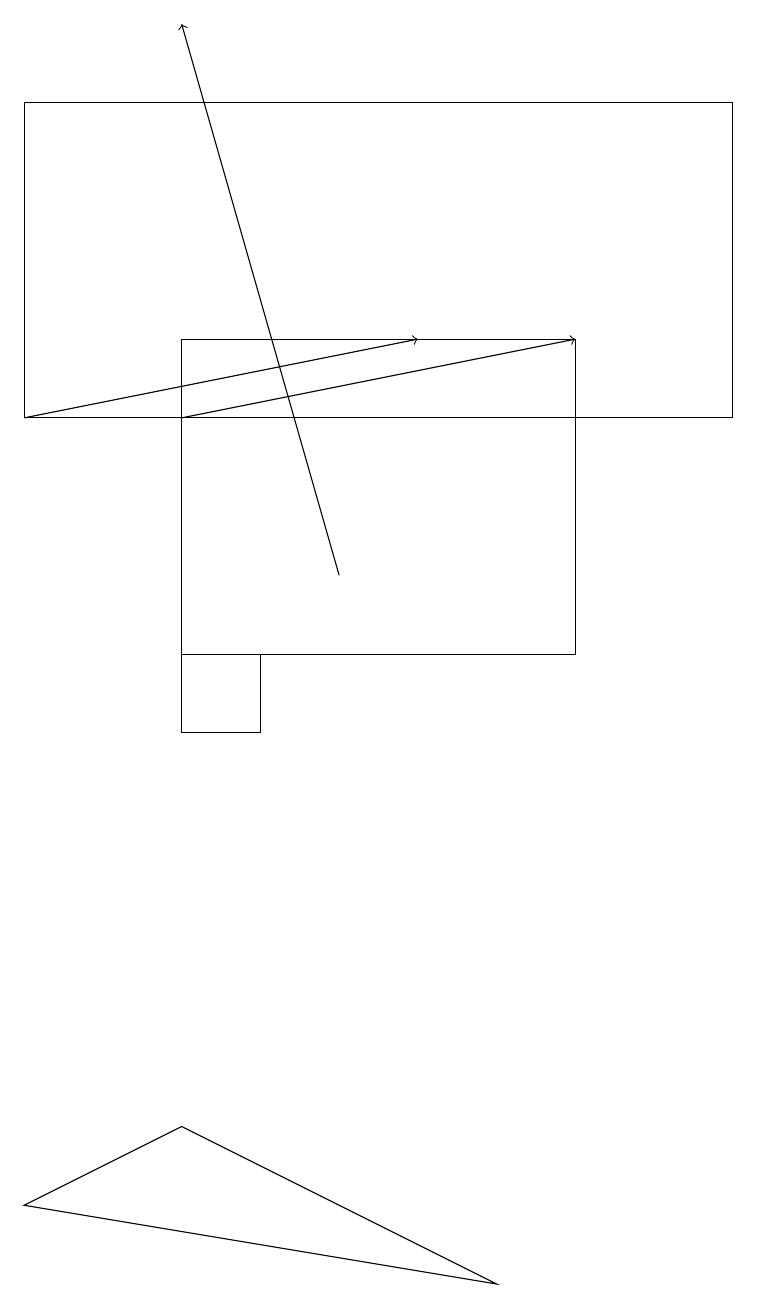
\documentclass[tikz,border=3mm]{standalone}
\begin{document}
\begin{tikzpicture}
\draw[->] (2,14) -- (7,15);
\draw (0,4) -- (2,5) -- (6,3) -- cycle;
\draw (3,11) rectangle (2,10);
\draw[->] (4,12) -- (2,19);
\draw (9,14) rectangle (0,18);
\draw[->] (0,14) -- (5,15);
\draw (7,11) rectangle (2,15);
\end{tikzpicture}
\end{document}